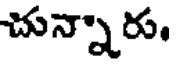
చున్నారు,